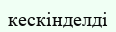
кескінделді